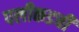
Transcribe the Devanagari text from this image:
पलीकडची